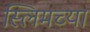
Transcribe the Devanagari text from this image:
स्लिमच्या